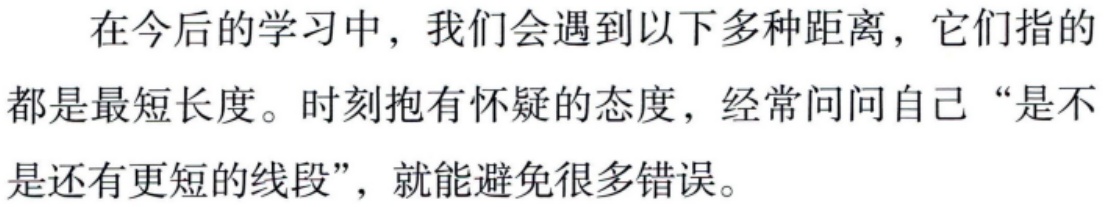
在今后的学习中，我们会遇到以下多种距离，它们指的都是最短长度。时刻抱有怀疑的态度，经常问问自己“是不是还有更短的线段”，就能避免很多错误。